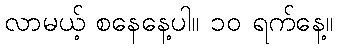
လာမယ့် စနေနေ့ပါ။ ၁၀ ရက်နေ့။